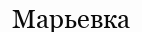
Марьевка